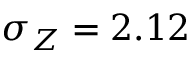
\sigma _ { Z } = 2 . 1 2